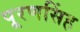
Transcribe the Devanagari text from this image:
पूरणसिंह